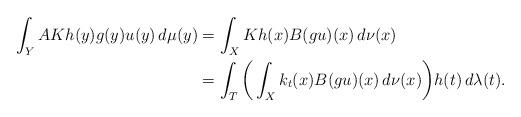
LaTeX: \begin{align*}\int_YAKh(y)g(y)u(y)\,d\mu(y)&=\int_XKh(x)B(gu)(x)\,d\nu(x)\\&=\int_T\bigg(\int_Xk_t(x)B(gu)(x)\,d\nu(x)\bigg) h(t)\,d\lambda(t).\end{align*}